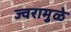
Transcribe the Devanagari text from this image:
ज्वरामुळे